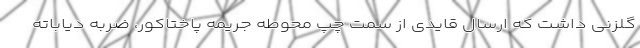
گلزنی داشت که ارسال قایدی از سمت چپ محوطه جریمه پاختاکور، ضربه دیاباته